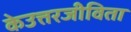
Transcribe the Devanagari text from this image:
केउत्तरजीविता